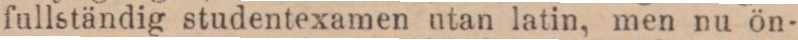
fullständig studentexamen utan latin, men nu ön-